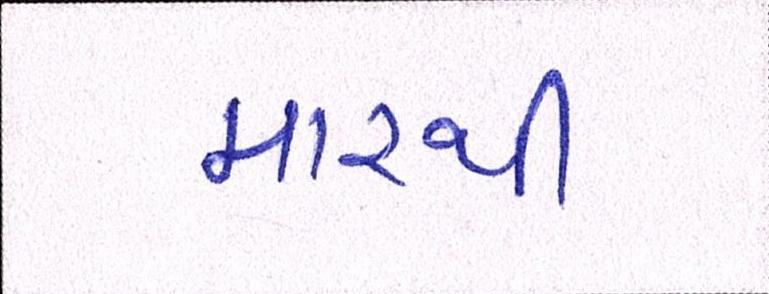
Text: મારથી